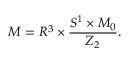
{ \cal M } = R ^ { 3 } \times \frac { S ^ { 1 } \times { \cal M } _ { 0 } } { Z _ { 2 } } .